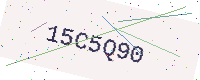
Text: 15C5Q90